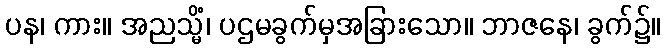
ပန၊ ကား။ အညသ္မိံ၊ ပဌမခွက်မှအခြားသော။ ဘာဇနေ၊ ခွက်၌။